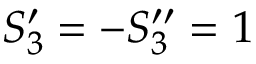
S _ { 3 } ^ { \prime } = - S _ { 3 } ^ { \prime \prime } = 1